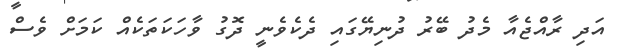
އަދި ރާއްޖެއާ މެދު ބޭރު ދުނިޔޭގައި ދެކެވެނީ ދޮގު ވާހަކަތަކެއް ކަމަށް ވެސް